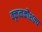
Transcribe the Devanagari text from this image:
वक्तृत्वकौशल्य